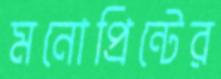
মনোপ্রিন্টের